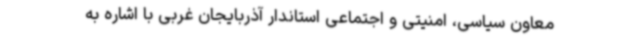
معاون سیاسی، امنیتی و اجتماعی استاندار آذربایجان غربی با اشاره به